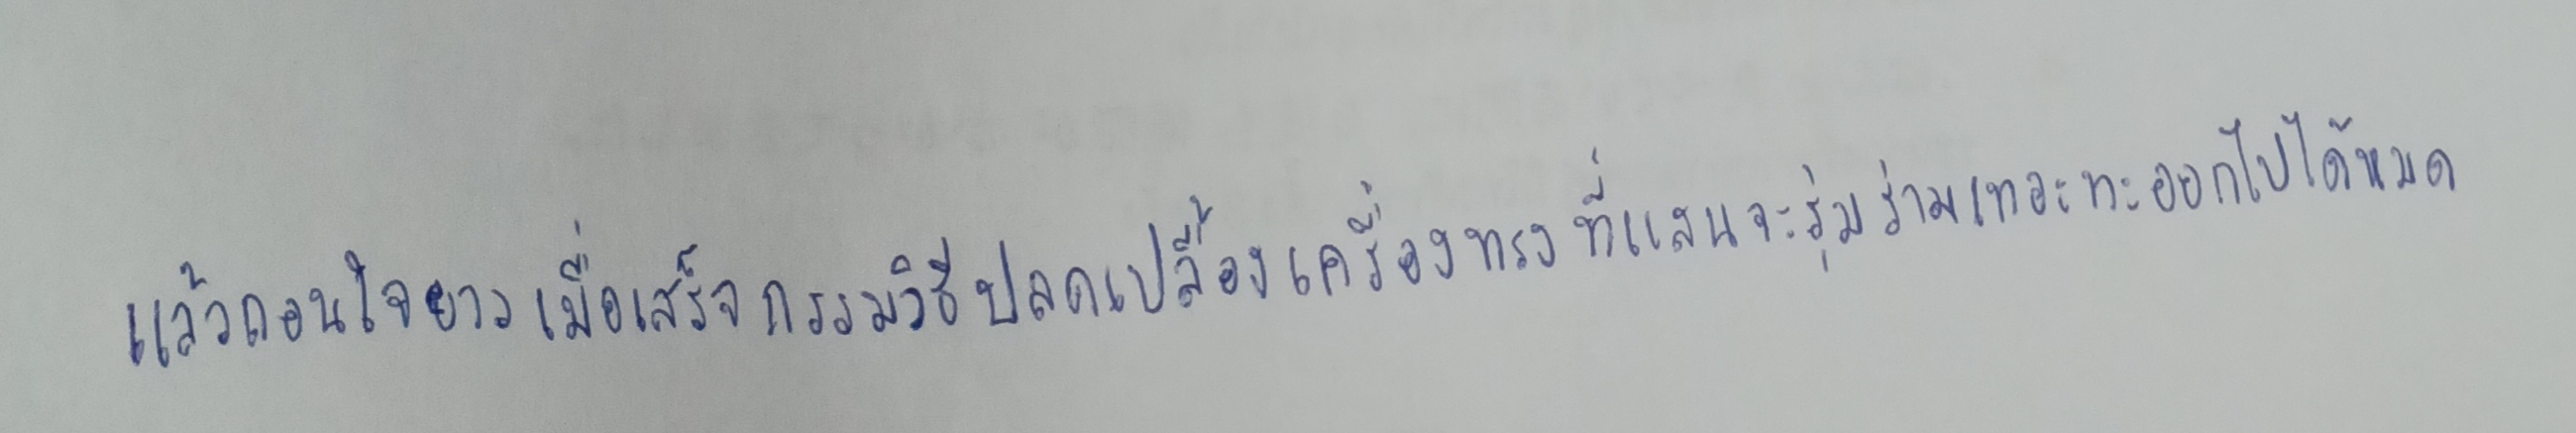
แล้วถอนใจยาวเมื่อเสร็จกรรมวิธีปลดเปลื้องเครื่องทรงที่แสนจะรุ่มร่ามเทอะทะออกไปได้หมด